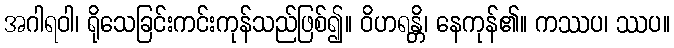
အဂါရဝါ၊ ရိုသေခြင်းကင်းကုန်သည်ဖြစ်၍။ ဝိဟရန္တိ၊ နေကုန်၏။ ကဿပ၊ ဿပ။